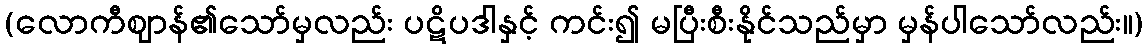
(လောကီဈာန်၏သော်မှလည်း ပဋိပဒါနှင့် ကင်း၍ မပြီးစီးနိုင်သည်မှာ မှန်ပါသော်လည်း။)